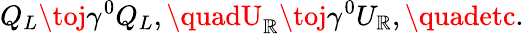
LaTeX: Q_{L}\toj\gamma^{0}Q_{L},\quadU_{\mathbb{R}}\toj\gamma^{0}U_{\mathbb{R}},\quadetc.